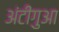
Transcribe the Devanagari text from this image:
अंटीगुआ